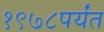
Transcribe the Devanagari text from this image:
१९७८पर्यंत